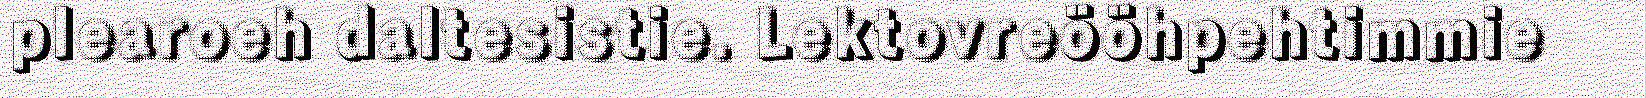
plearoeh daltesistie. Lektovreööhpehtimmie